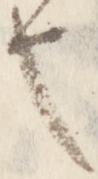
也